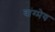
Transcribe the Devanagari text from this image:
वांग्मेय